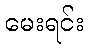
မေးရင်း